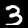
Label: 3